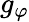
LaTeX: g_{\varphi}